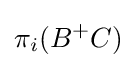
\pi _{i}(B^{+}C)